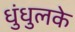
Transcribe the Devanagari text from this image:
धुंधुलके